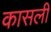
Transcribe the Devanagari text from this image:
कासली